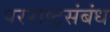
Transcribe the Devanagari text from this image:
परराष्ट्रसंबंध